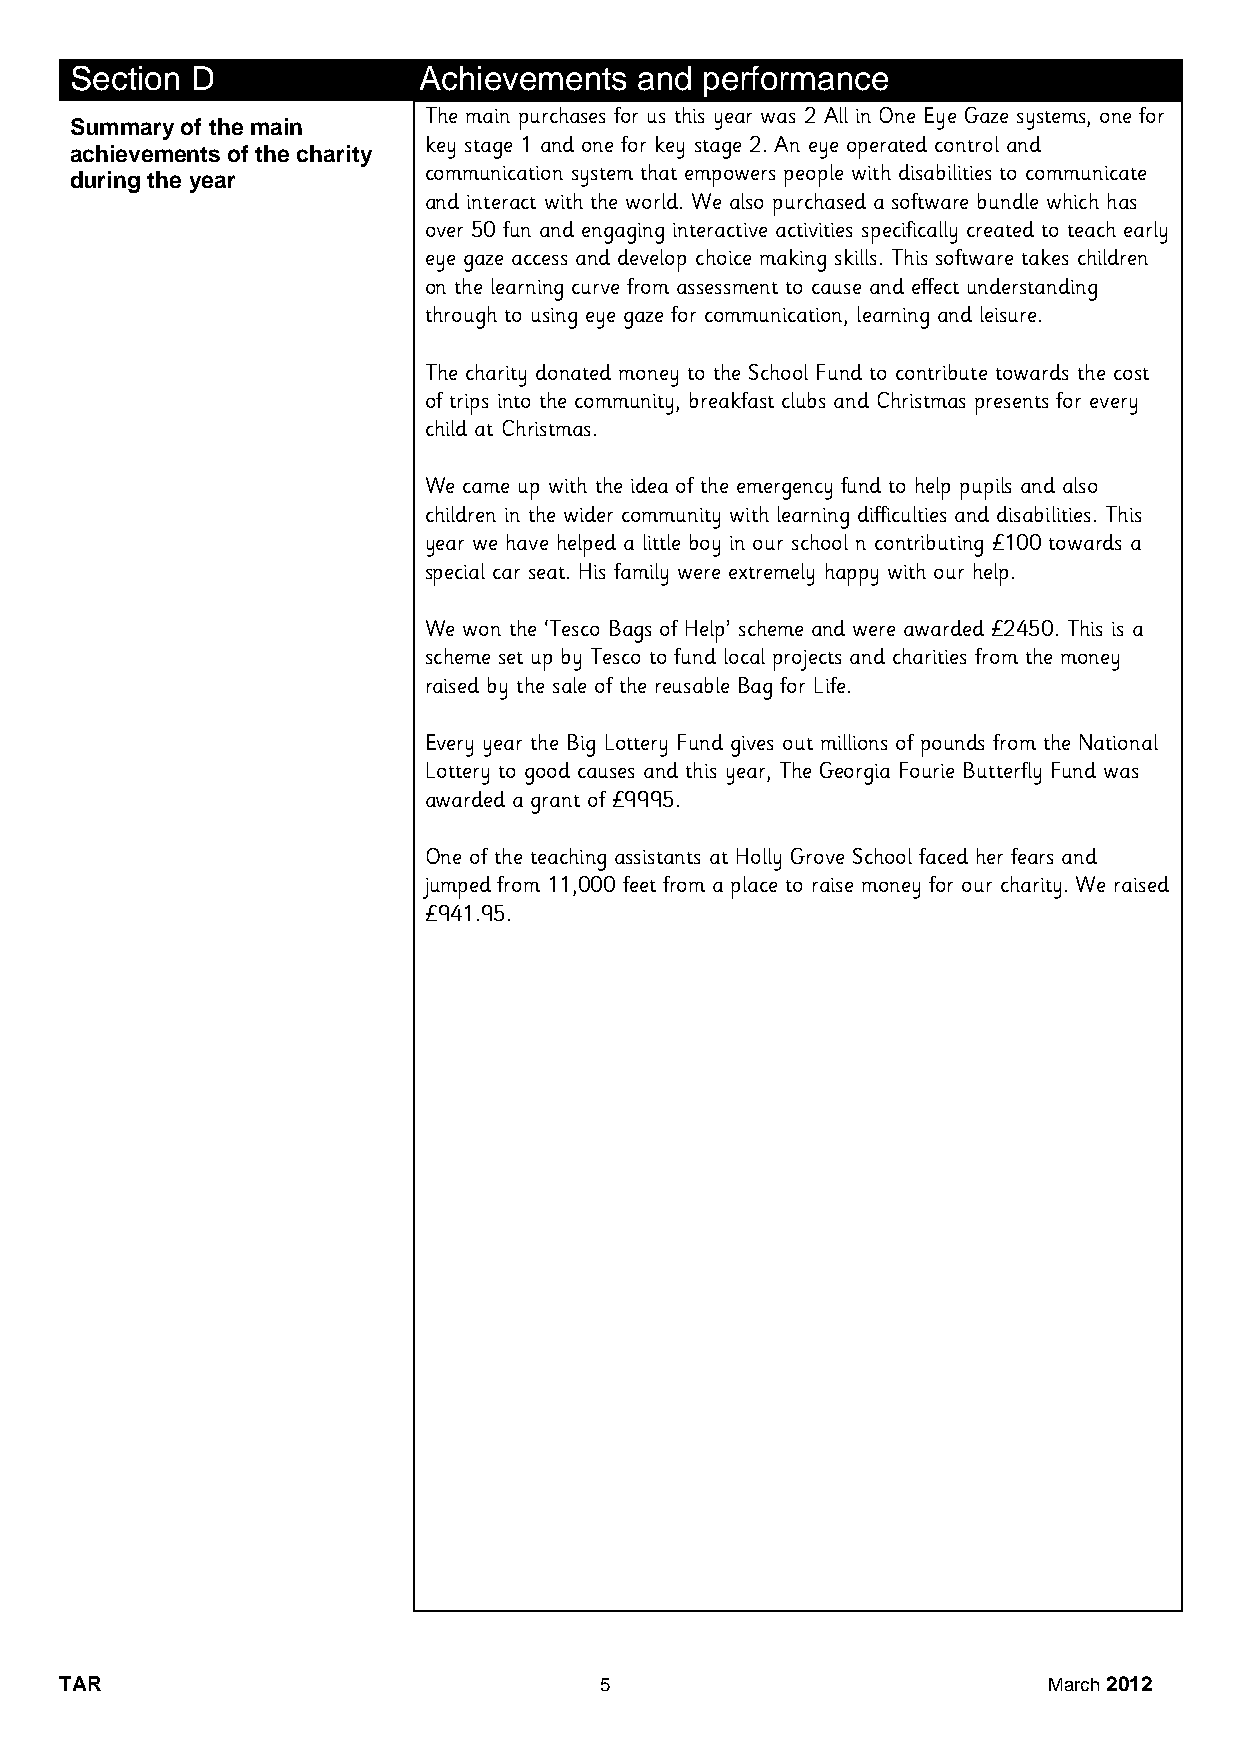
Section D              Achievements  and performance
 The main purchases for us this year was 2 All in One Eye Gaze systems, one for
 Summary of the main
 key stage 1 and one for key stage 2. An eye operated control and
 achievements of the charity
 during the year        communication system that empowers people with disabilities to communicate
 and interact with the world. We also purchased a software bundle which has
 over 50 fun and engaging interactive activities specifically created to teach early
 eye gaze access and develop choice making skills. This software takes children
 on the learning curve from assessment to cause and effect understanding
 through to using eye gaze for communication, learning and leisure.
 The charity donated money to the School Fund to contribute towards the cost
 of trips into the community, breakfast clubs and Christmas presents for every
 child at Christmas.
 We came up with the idea of the emergency fund to help pupils and also
 children in the wider community with learning difficulties and disabilities. This
 year we have helped a little boy in our school n contributing £100 towards a
 special car seat. His family were extremely happy with our help.
 We won the ‘Tesco Bags of Help’ scheme and were awarded £2450. This is a
 scheme set up by Tesco to fund local projects and charities from the money
 raised by the sale of the reusable Bag for Life.
 Every year the Big Lottery Fund gives out millions of pounds from the National
 Lottery to good causes and this year, The Georgia Fourie Butterfly Fund was
 awarded a grant of £9995.
 One of the teaching assistants at Holly Grove School faced her fears and
 jumped from 11,000 feet from a place to raise money for our charity. We raised
 £941.95.
 TAR                                 5                            March 2012